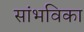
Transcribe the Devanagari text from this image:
सांभविका